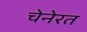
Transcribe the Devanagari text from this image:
चेनेरत